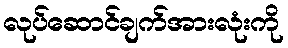
လုပ်ဆောင်ချက်အားလုံးကို